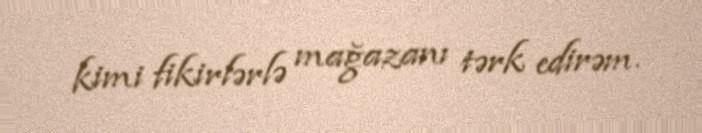
kimi fikirlərlə mağazanı tərk edirəm.